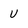
Character: U